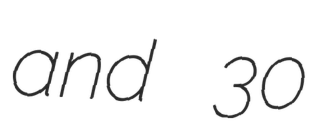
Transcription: and 30